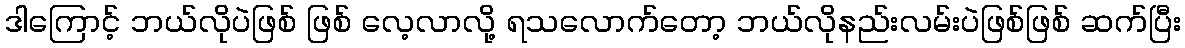
ဒါကြောင့် ဘယ်လိုပဲဖြစ် ဖြစ် လေ့လာလို့ ရသလောက်တော့ ဘယ်လိုနည်းလမ်းပဲဖြစ်ဖြစ် ဆက်ပြီး